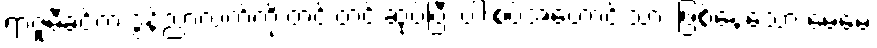
ရာဇူမီခင်က ဒွန်ညာ့လက်ကို တင်းတင်းဆုပ်ပြီး ပါးစပ်အဟောင်းသား ဖြစ်နေသော မေမေ